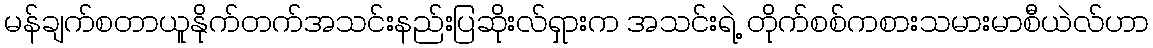
မန်ချက်စတာယူနိုက်တက်အသင်းနည်းပြဆိုးလ်ရှားက အသင်းရဲ့ တိုက်စစ်ကစားသမားမာစီယဲလ်ဟာ